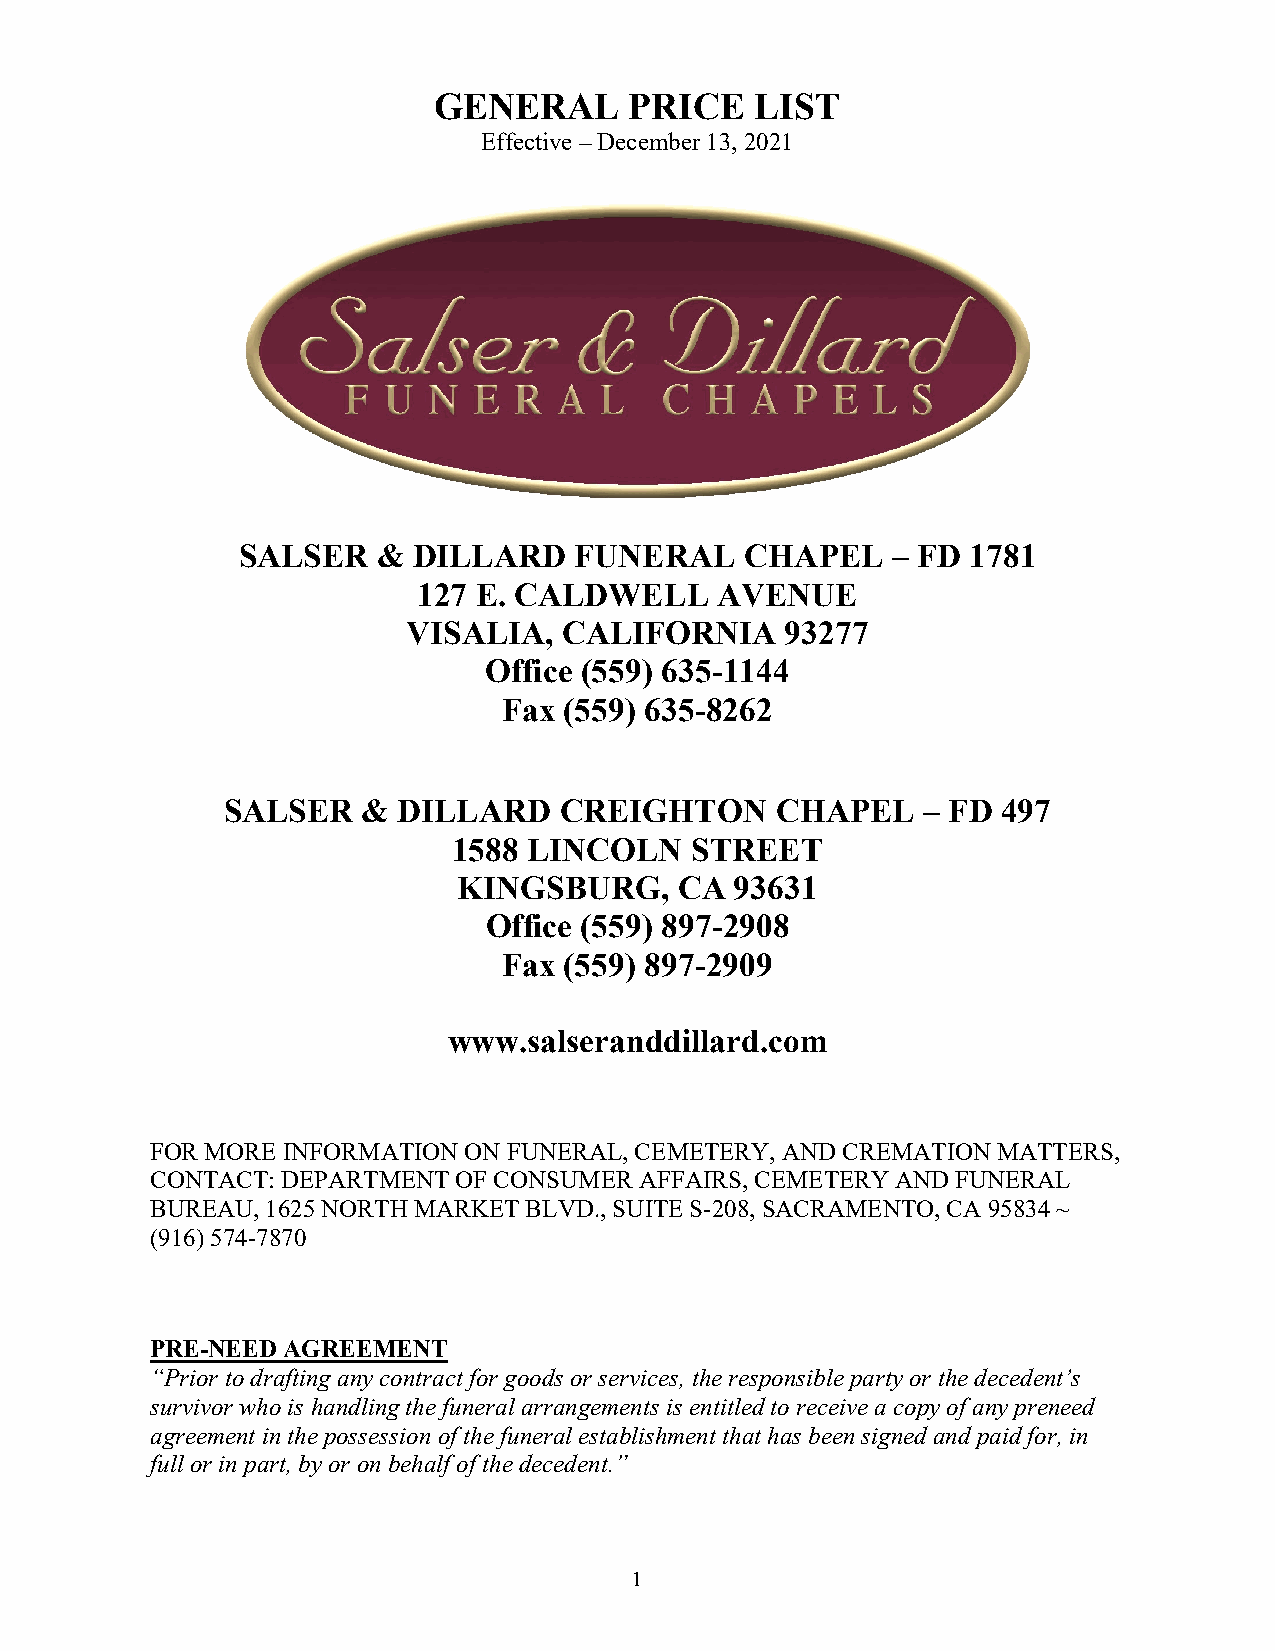
GENERAL      PRICE   LIST
 Effective – December 13, 2021
 SALSER   & DILLARD    FUNERAL    CHAPEL    – FD 1781
 127 E. CALDWELL    AVENUE
 VISALIA,  CALIFORNIA     93277
 Office (559) 635-1144
 Fax (559) 635-8262
 SALSER   & DILLARD    CREIGHTON     CHAPEL    – FD 497
 1588 LINCOLN    STREET
 KINGSBURG,     CA  93631
 Office (559) 897-2908
 Fax (559) 897-2909
 www.salseranddillard.com
 FOR MORE INFORMATION ON FUNERAL, CEMETERY, AND CREMATION MATTERS,
 CONTACT: DEPARTMENT OF CONSUMER AFFAIRS, CEMETERY AND FUNERAL
 BUREAU, 1625 NORTH MARKET BLVD., SUITE S-208, SACRAMENTO, CA 95834 ~
 (916) 574-7870
 PRE-NEED AGREEMENT
 “Prior to drafting any contract for goods or services, the responsible party or the decedent’s
 survivor who is handling the funeral arrangements is entitled to receive a copy of any preneed
 agreement in the possession of the funeral establishment that has been signed and paid for, in
 full or in part, by or on behalf of the decedent.”
 1